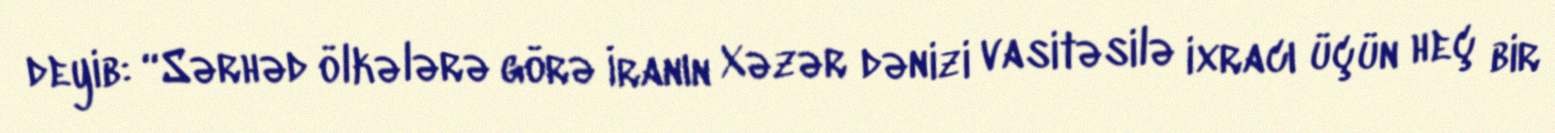
deyib: “Sərhəd ölkələrə görə İranın Xəzər dənizi vasitəsilə ixracı üçün heç bir